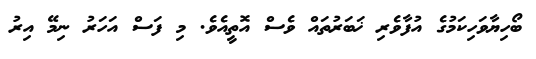
ބޯހިޔާވަހިކަމުގެ އުފާވެރި ޚަބަރުތައް ވެސް އޮތީއެވެ. މި ފަސް އަހަރު ނިމޭ އިރު